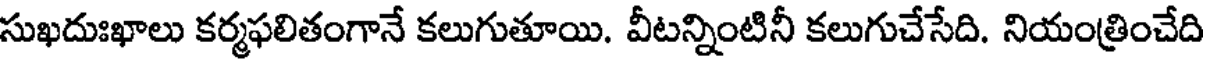
సుఖదుఃఖాలు కర్మఫలితంగానే కలుగుతూయి. వీటన్నింటినీ కలుగుచేసేది. నియంత్రించేది